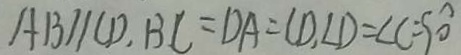
A B / / C D . B C = D A = C D , \angle D = \angle C = 9 0 ^ { \circ }